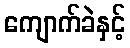
ကျောက်ခဲနှင့်